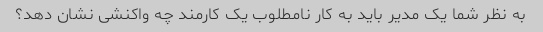
به نظر شما یک مدیر باید به کار نامطلوب یک کارمند چه واکنشی نشان دهد؟